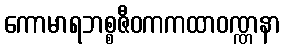
ကောမာရဘစ္စဇီဝကကထာဝဏ္ဏနာ